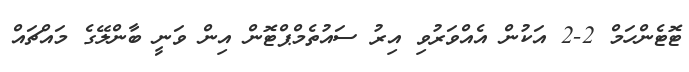
ޓޮޓެންހަމް 2-2 އަކުން އެއްވަރުވި އިރު ސައުތެމްޕްޓޮން އިން ވަނީ ބާންލޭގެ މައްޗައް